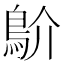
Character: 𩾴